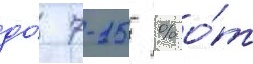
до́ 7-15 % о́т